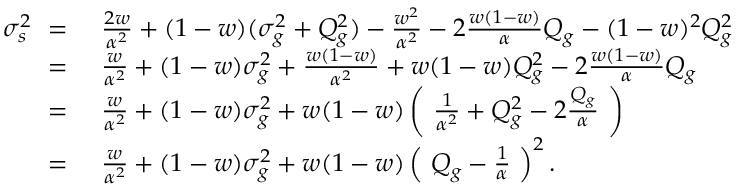
\begin{array} { r l } { \sigma _ { s } ^ { 2 } \ = \ } & { { } \frac { 2 w } { \alpha ^ { 2 } } + ( 1 - w ) ( \sigma _ { g } ^ { 2 } + Q _ { g } ^ { 2 } ) - \frac { w ^ { 2 } } { \alpha ^ { 2 } } - 2 \frac { w ( 1 - w ) } { \alpha } Q _ { g } - ( 1 - w ) ^ { 2 } Q _ { g } ^ { 2 } } \\ { \ = \ } & { { } \frac { w } { \alpha ^ { 2 } } + ( 1 - w ) \sigma _ { g } ^ { 2 } + \frac { w ( 1 - w ) } { \alpha ^ { 2 } } + w ( 1 - w ) Q _ { g } ^ { 2 } - 2 \frac { w ( 1 - w ) } { \alpha } Q _ { g } } \\ { \ = \ } & { { } \frac { w } { \alpha ^ { 2 } } + ( 1 - w ) \sigma _ { g } ^ { 2 } + w ( 1 - w ) \left( \ \frac { 1 } { \alpha ^ { 2 } } + Q _ { g } ^ { 2 } - 2 \frac { Q _ { g } } { \alpha } \ \right) } \\ { \ = \ } & { { } \frac { w } { \alpha ^ { 2 } } + ( 1 - w ) \sigma _ { g } ^ { 2 } + w ( 1 - w ) \left( \ Q _ { g } - \frac { 1 } { \alpha } \ \right) ^ { 2 } . } \end{array}